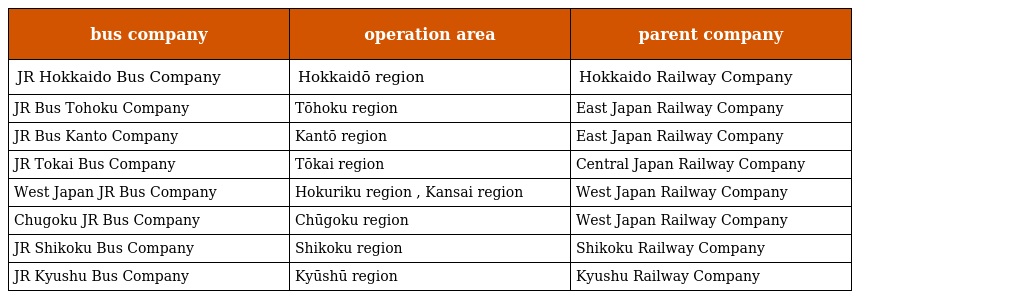
| bus company | operation area | parent company |
 | --- | --- | --- |
 | JR Hokkaido Bus Company | Hokkaidō region | Hokkaido Railway Company |
 | JR Bus Tohoku Company | Tōhoku region | East Japan Railway Company |
 | JR Bus Kanto Company | Kantō region | East Japan Railway Company |
 | JR Tokai Bus Company | Tōkai region | Central Japan Railway Company |
 | West Japan JR Bus Company | Hokuriku region , Kansai region | West Japan Railway Company |
 | Chugoku JR Bus Company | Chūgoku region | West Japan Railway Company |
 | JR Shikoku Bus Company | Shikoku region | Shikoku Railway Company |
 | JR Kyushu Bus Company | Kyūshū region | Kyushu Railway Company |